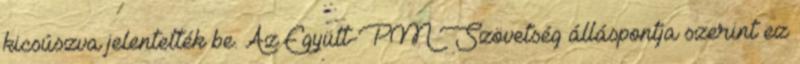
kicsúszva jelentették be. Az Együtt-PM Szövetség álláspontja szerint ez